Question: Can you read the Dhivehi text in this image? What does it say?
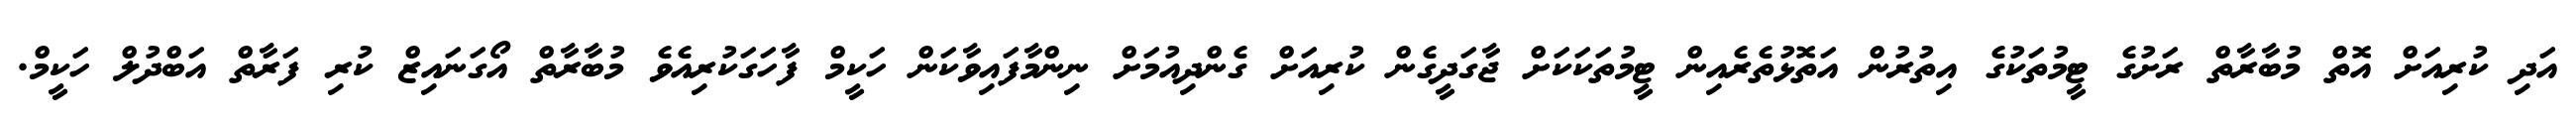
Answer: އަދި ކުރިއަށް އޮތް މުބާރާތް ރަށުގެ ޓީމުތަކުގެ އިތުރުން އަތޮޅުތެރެއިން ޓީމުތަކަކަށް ޖާގަދީގެން ކުރިއަށް ގެންދިއުމަށް ނިންމާފައިވާކަން ހަކީމް ފާހަގަކުރިއެވެ މުބާރާތް އޯގަނައިޒް ކުރި ފަރާތް އަބްދުލް ހަކީމް.